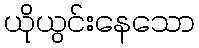
ယိုယွင်းနေသော